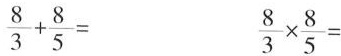
$$\frac { 8 } { 3 } + \frac { 8 } { 5 } =$$ $$\frac { 8 } { 3 } \times \frac { 8 } { 5 } =$$